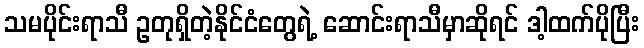
သမပိုင်းရာသီ ဥတုရှိတဲ့နိုင်ငံတွေရဲ့ ဆောင်းရာသီမှာဆိုရင် ဒါ့ထက်ပိုပြီး